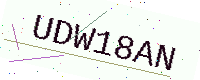
Text: UDW18AN